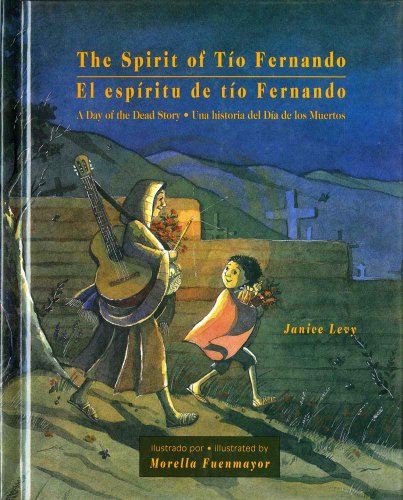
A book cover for The Spirit of Tio Fernando: A Day of the Dead Story; Janice Levy; Children's Books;